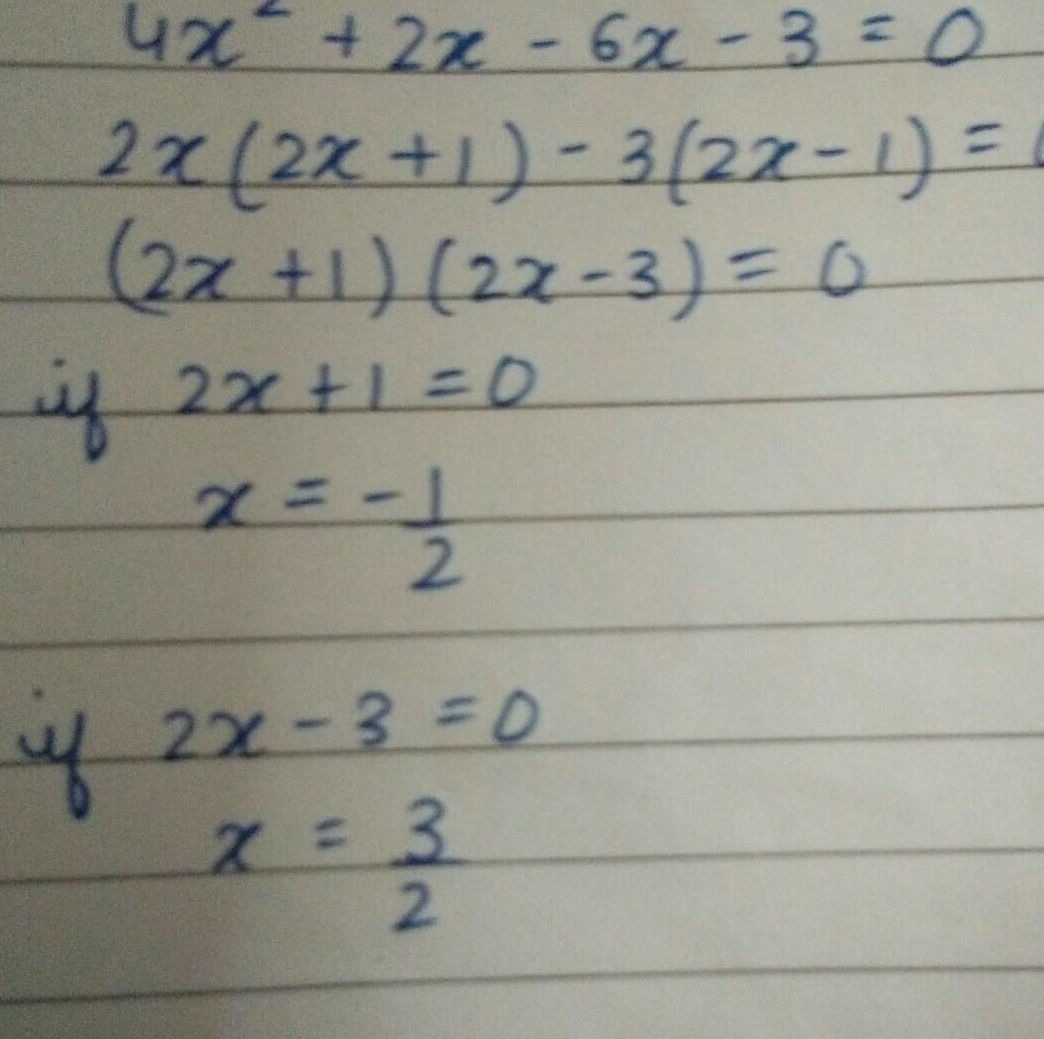
\[
\begin{align*}
4x^{2}+2x - 6x - 3&=0\\
2x(2x + 1)-3(2x + 1)&=0\\
(2x + 1)(2x - 3)&=0\\
\text{if }2x + 1&=0\\
x&=-\frac{1}{2}\\
\text{if }2x - 3&=0\\
x&=\frac{3}{2}
\end{align*}
\]